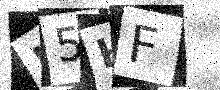
Text: N5HF